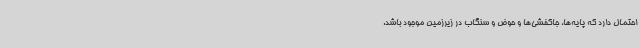
احتمال دارد که پایه‌ها، جاکفشی‌ها و حوض و سنگاب در زیرزمین موجود باشد.